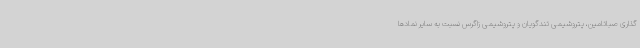
گذاری صباتامین، پتروشیمی تندگویان و پتروشیمی زاگرس نسبت به سایر نمادها